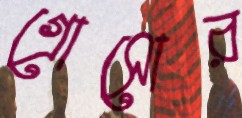
গ্রোসোর